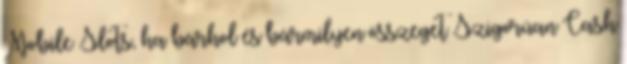
Mobile Slots, ha bárhol és bármilyen összeget Szigorúan Cash